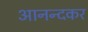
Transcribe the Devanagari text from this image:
आनन्दकर